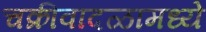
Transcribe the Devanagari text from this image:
चक्रीवादळामध्ये